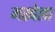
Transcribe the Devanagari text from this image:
मरबेला